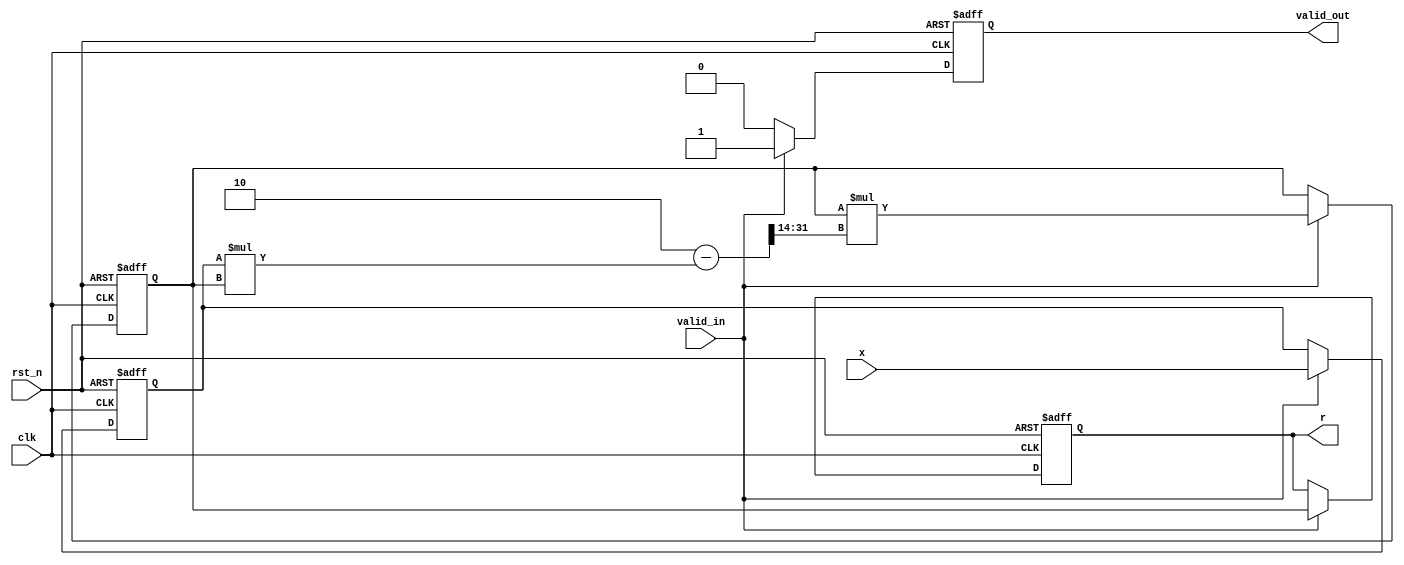
module polynomial_reciprocal #(
    parameter N = 16,       // Input width
    parameter M = 16,       // Output width
    parameter K = 3         // Degree of the polynomial
)(
    input  wire             clk,
    input  wire             rst_n,
    input  wire [N-1:0]    x,    // Input value
    input  wire             valid_in, // Input valid signal
    output reg [M-1:0]      r,    // Output value
    output reg             valid_out // Output valid signal
);

    // Polynomial coefficients for P(x) = a_0 + a_1*x + a_2*x^2 + a_3*x^3
    // Coefficients are chosen for a specific approximation
    localparam signed [M-1:0] a0 = 16'h8000; // Example coefficient
    localparam signed [M-1:0] a1 = 16'hC000; // -0.5
    localparam signed [M-1:0] a2 = 16'h2000; // 0.125
    localparam signed [M-1:0] a3 = 16'h0000; // 0
    
    reg [M-1:0] approx_result;
    reg [M-1:0] initial_guess;
    reg [N-1:0] x_reg;
    
    // Control logic
    always @(posedge clk or negedge rst_n) begin
        if (!rst_n) begin
            r <= 0;
            valid_out <= 0;
            approx_result <= 0;
            initial_guess <= 0;
            x_reg <= 0;
        end else begin
            if (valid_in) begin
                x_reg <= x;
                // Initial guess, we can use an approximation here
                // Assuming x is in the range [0, 1], for simplicity
                initial_guess <= a0 - (a1 * x_reg >> 14) + (a2 * (x_reg >> 14) * (x_reg >> 14) >> 14);
                
                // Polynomial evaluation P(x_reg)
                approx_result <= a0 + (a1 * x_reg >> 14) + (a2 * (x_reg >> 14) * (x_reg >> 14) >> 14) 
                                    + (a3 * (x_reg >> 14) * (x_reg >> 14) * (x_reg >> 14) >> 14);
              
                // Iterative refinement step (Newton-Raphson)
                // R_n = R_{n-1} * (2 - x * R_{n-1})
                approx_result <= approx_result * (2 - x_reg * approx_result >> 14);
                
                r <= approx_result;
                valid_out <= 1;
            end else begin
                valid_out <= 0;
            end
        end
    end
    
endmodule